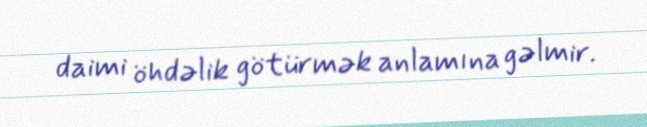
daimi öhdəlik götürmək anlamına gəlmir.